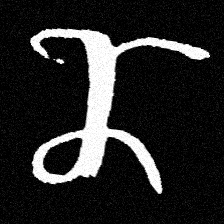
Pyu character \u2014 Myanmar letter: ဏ (romanized: nna)